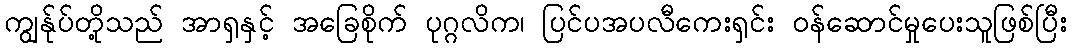
ကျွန်ုပ်တို့သည် အာရှနှင့် အခြေစိုက် ပုဂ္ဂလိက၊ ပြင်ပအပလီကေးရှင်း ဝန်ဆောင်မှုပေးသူဖြစ်ပြီး